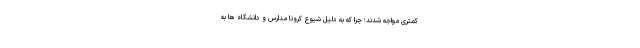
کمتری مواجه شدند؛ چرا که به دلیل شیوع کرونا مدارس و دانشگاه ها به